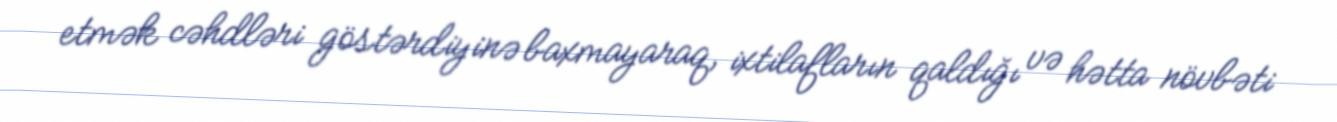
etmək cəhdləri göstərdiyinə baxmayaraq, ixtilafların qaldığı və hətta növbəti